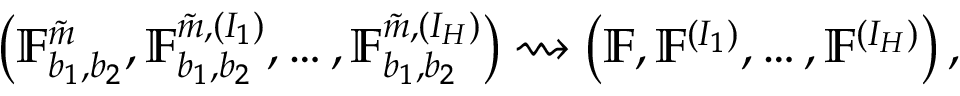
\left( \mathbb { F } _ { b _ { 1 } , b _ { 2 } } ^ { \tilde { m } } , \mathbb { F } _ { b _ { 1 } , b _ { 2 } } ^ { \tilde { m } , ( I _ { 1 } ) } , \ldots , \mathbb { F } _ { b _ { 1 } , b _ { 2 } } ^ { \tilde { m } , ( I _ { H } ) } \right) \rightsquigarrow \left( \mathbb { F } , \mathbb { F } ^ { ( I _ { 1 } ) } , \ldots , \mathbb { F } ^ { ( I _ { H } ) } \right) ,